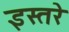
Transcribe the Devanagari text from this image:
इस्तरे